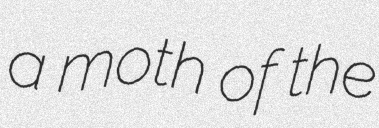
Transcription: a moth of the